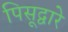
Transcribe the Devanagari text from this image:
पिसूद्वारे